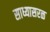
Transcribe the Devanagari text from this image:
साध्यासरळ